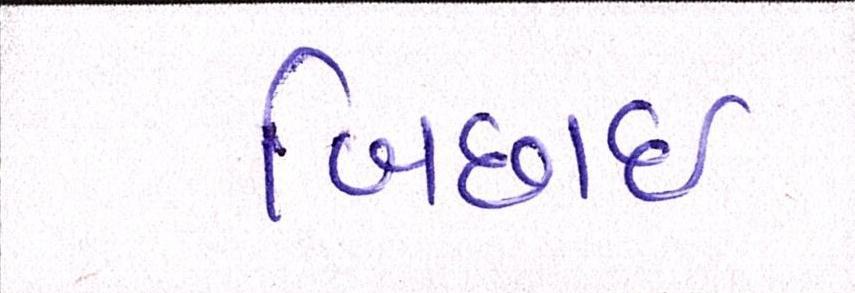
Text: બિછાઇ